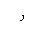
Letter: _dal